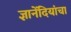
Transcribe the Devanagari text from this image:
ज्ञानेंदियांचा